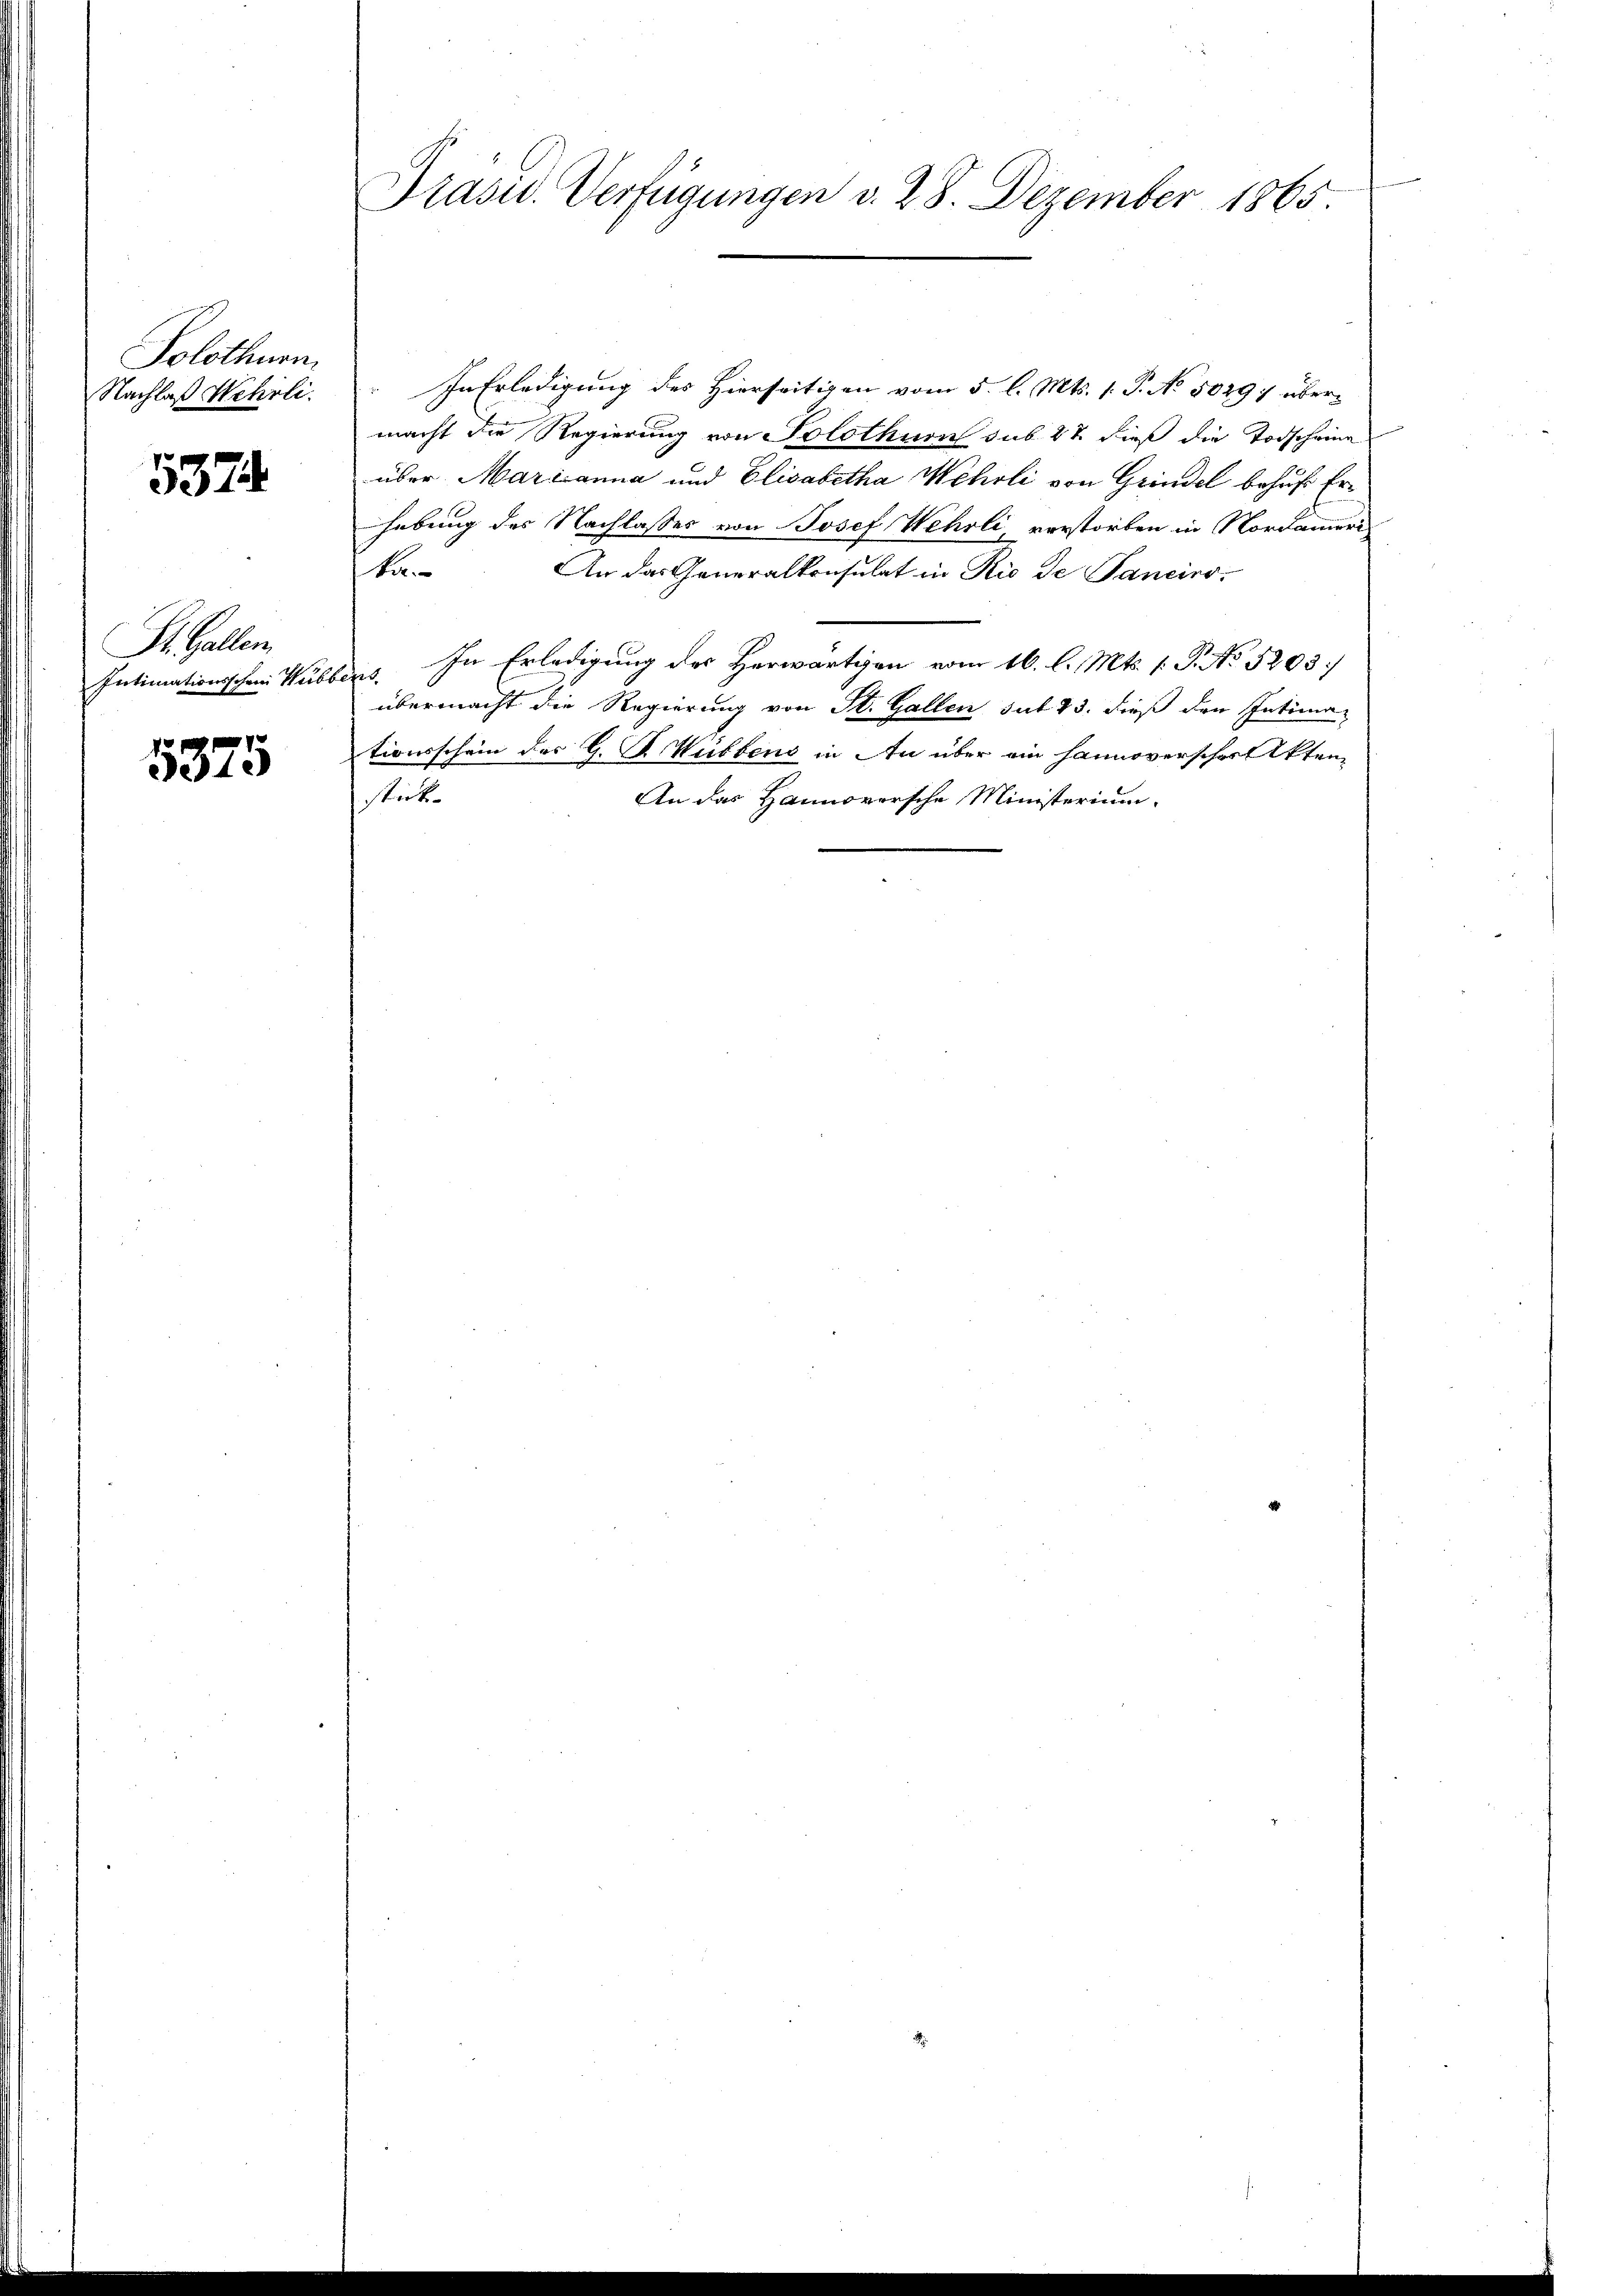
Solothurn
Nachlaß Wehrli

5374.

St. Gallen.

5375

Präsid. Verfügungen v. 28. Dezember 1865.

" In Erledigung des Hierseitigen vom 5. l. Mts. 1. P. No 50297 übermacht die Regierung von Solothur sub 27. dieß die Todscheina
über Marianna und Elisabetha Wehrli von Grindel behufs Erhebung des Nachlasses von Josef Wehrli, verstorben in Nordameri
ka
An das Generalkonsulat in Rio de Sanciro-
Intimationsschen Hubbers. In Erledigung des Herwärtigen vom 16. l. Mts. 1. P. No 5203
übermacht die Regierung von St. Gallen sat 43. dieß den Intima-
tionsschein des G. P. Wüstens in An über ein Hannoverscher Akten
An das Hannoversche Ministerium.
stick